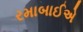
રમાબાઈએ